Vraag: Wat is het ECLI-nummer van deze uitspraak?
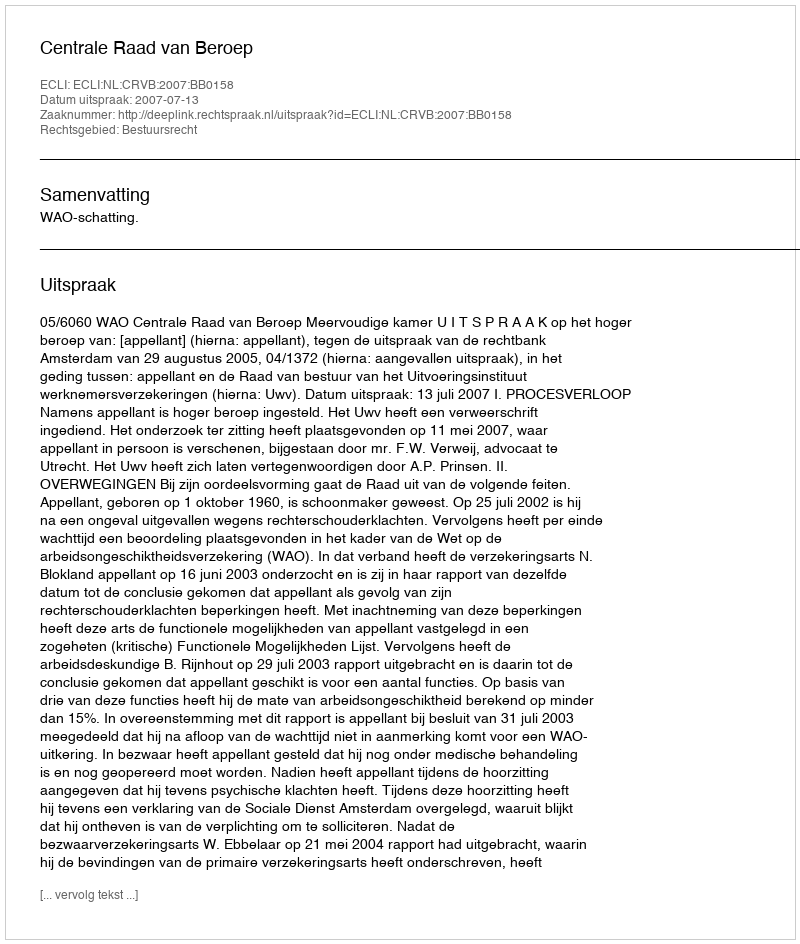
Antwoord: ECLI:NL:CRVB:2007:BB0158